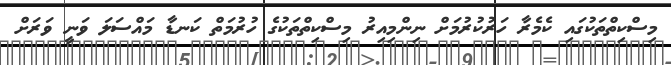
މިސްކިތްތަކުގައި ކެމެރާ ހަރުކުރުމަށް ނިންމިއިރު މިސްކިތްތަކުގެ ހުރުމަތް ކަނޑާ މައްސަލަ ވަނީ ވަރަށް